Report on vaccination North-West Frontier Province 1904-1922 - 1904-1922
Year: 1904
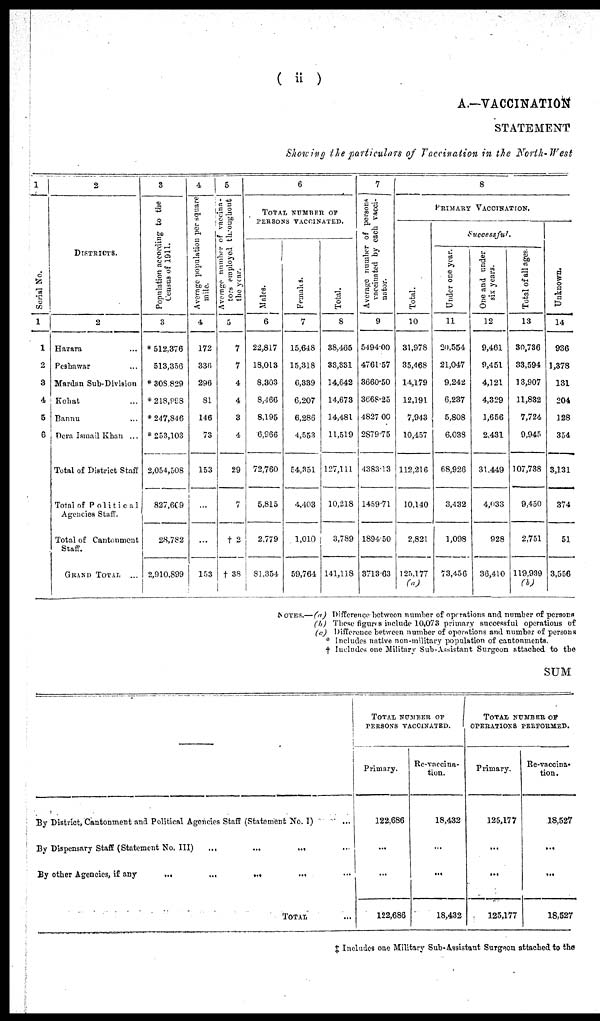
( ii )
A.—VACCINATION
STATEMENT
Showing the particulars of Vaccination in the North-West
1
Serial No.
1
1
2
3
4
5
6
2
DISTRUCTS.
2
Hazara ...
Peshawar ...
Mardan Sub-Division
Kohat ...
Bannu ...
Dera Ismail Khan ...
Total of District Staff
Total of Political
Agencies Staff.
Total of Cantonment
Staff.
GRAND TOTAL ...
3
Population according to the
Census of 1911.
3
* 512,376
513,356
* 308,829
*218,998
* 247,846
* 253,103
2,054,508
827,609
28,782
2,910,899
4
Average population per square
mile.
4
172
336
296
81
146
73
153
...
...
153
5
Average number of vaccina-
tors employed throughout
the year.
5
7
7
4
4
3
4
29
7
† 2
† 38
6
TOTAL NUMBER OF
PERSONS VACCINATED.
Males.
6
22,817
18,013
8,303
8,466
8,195
6,966
72,760
5,815
2,779
81,354
Females.
7
15,648
15,318
6,339
6,207
6,286
4,553
54,351
4,403
1,010
59,764
Total.
8
38,465
33,331
14,642
14,673
14,481
11,519
127,111
10,218
3,789
141,118
7
Average number of persons
vaccinated by each vacci-
nator.
9
5494.00
4761.57
3660.50
3668.25
4827.00
2879.75
4383.13
1459.71
1894.50
3713.63
8
PRIMARY VACCINATION.
Total.
10
31,978
35,468
14,179
12,191
7,943
10,457
112,216
10,140
2,821
125,177
(a)
Successful.
Under one year.
11
20,554
21,047
9,242
6,237
5,808
6,038
68,926
3,432
1,098
73,456
One and under
six years.
12
9,461
9,451
4,121
4,329
1,656
2,431
31,449
4,033
928
36,410
Total of all ages.
13
30,736
33,594
13,907
11,832
7,724
9,945
107,738
9,450
2,751
119,939
(b)
Unknown.
14
936
1,378
131
204
128
354
3,131
374
51
3,556
NOTES.— (a) Difference between number of operations and number of persons
(b) These figures include 10,073 primary successful operations of
(c) Difference between number of operations and number of persons
* Includes native non-military population of cantonments.
† Includes one Military Sub-Assistant Surgeon attached to the
SUM
—
By District, Cantonment and Political Agencies Staff (Statement No. I) ...
By Dispensary Staff (Statement No. III)
...
...
... ...
By other Agencies, if any
...
...
...
... ...
TOTAL ...
TOTAL NUMBER OF
PERSONS VACCINATED.
Primary.
122,686
...
...
122,686
Re-vaccina¬
tion.
18,432
...
...
18,432
TOTAL NUMBER OF
OPERATIONS PERFORMED.
Primary.
125,177
...
...
125,177
Re-vaccina¬
tion.
18,527
...
...
18,527
‡ Includes one Military Sub-Assistant Surgeon attached to the